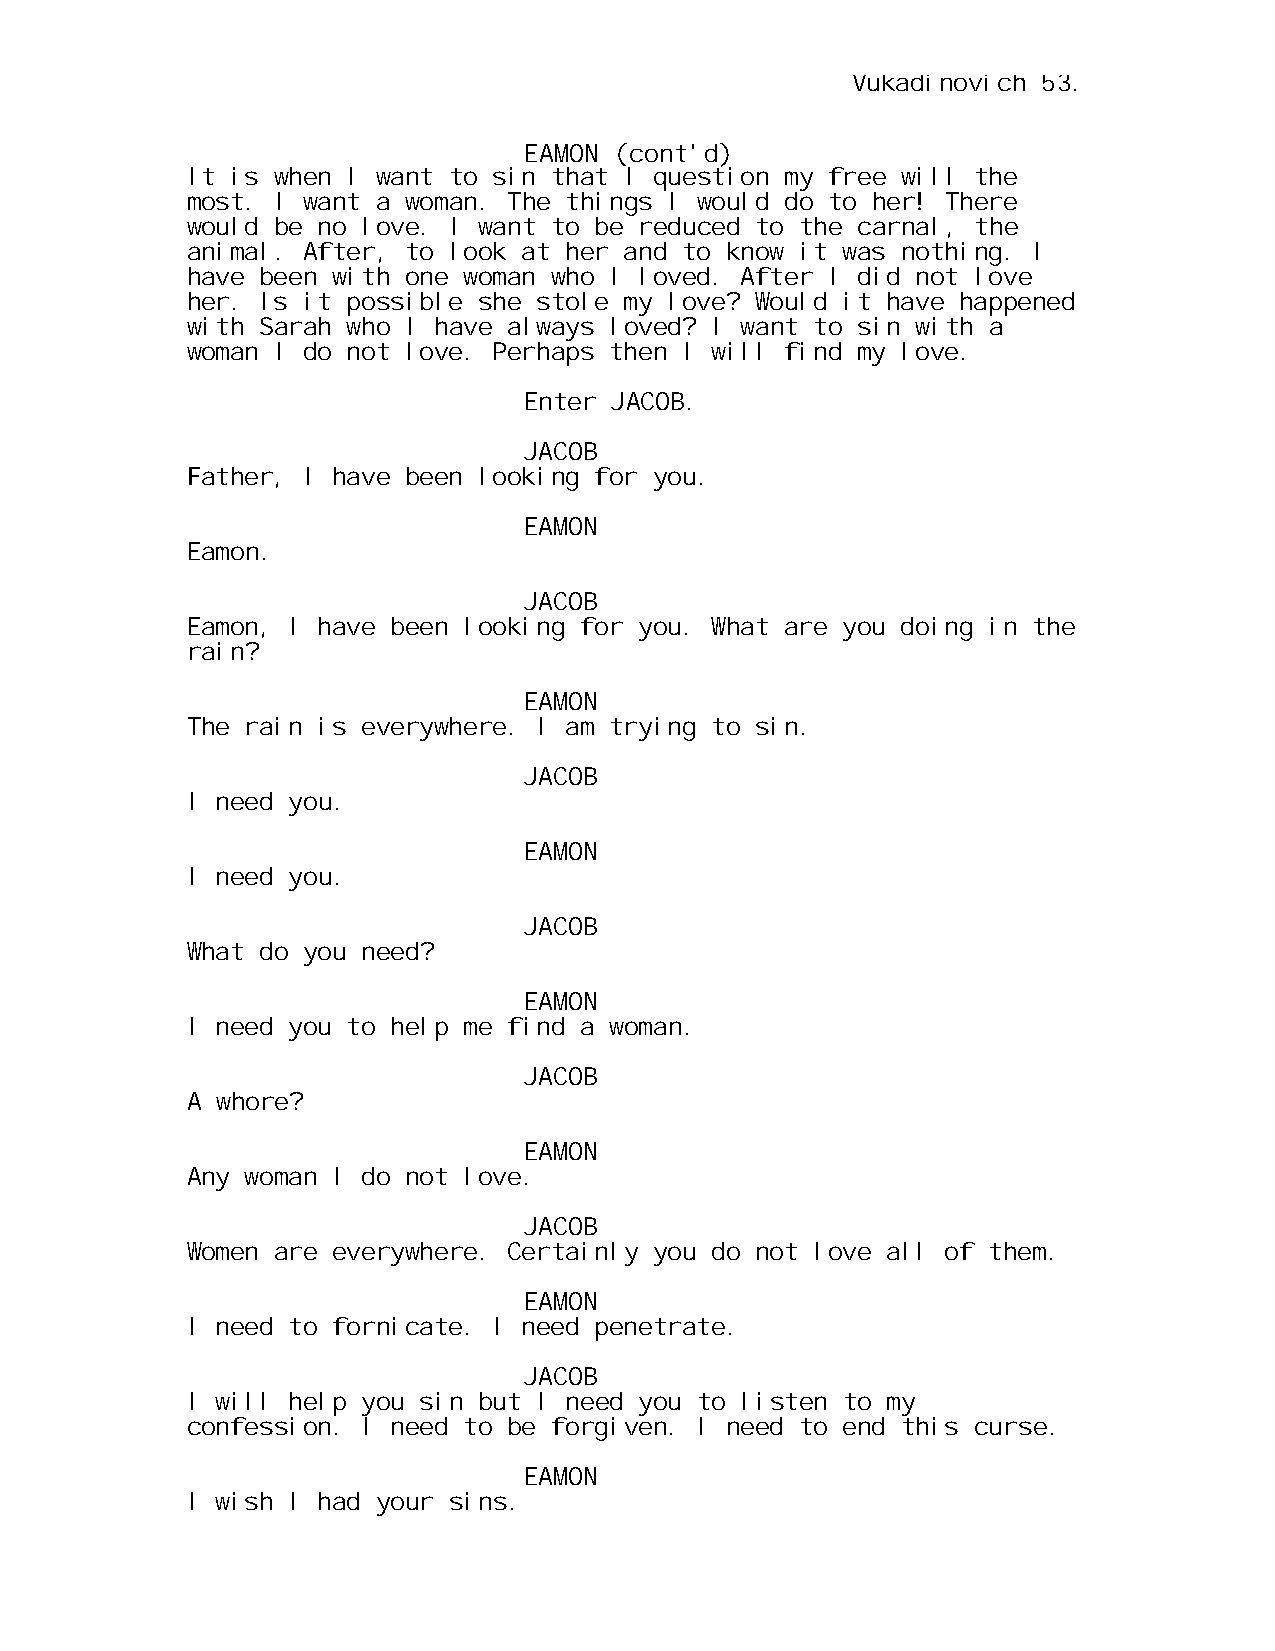
Vukadinovich 53.
 EAMON (cont'd)
 It is when I want to sin that I question my free will the
 most. I want a woman. The things I would do to her! There
 would be no love. I want to be reduced to the carnal, the
 animal. After, to look at her and to know it was nothing. I
 have been with one woman who I loved. After I did not love
 her. Is it possible she stole my love? Would it have happened
 with Sarah who I have always loved? I want to sin with a
 woman I do not love. Perhaps then I will find my love.
 Enter JACOB.
 JACOB
 Father, I have been looking for you.
 EAMON
 Eamon.
 JACOB
 Eamon, I have been looking for you. What are you doing in the
 rain?
 EAMON
 The rain is everywhere. I am trying to sin.
 JACOB
 I need you.
 EAMON
 I need you.
 JACOB
 What do you need?
 EAMON
 I need you to help me find a woman.
 JACOB
 A whore?
 EAMON
 Any woman I do not love.
 JACOB
 Women are everywhere. Certainly you do not love all of them.
 EAMON
 I need to fornicate. I need penetrate.
 JACOB
 I will help you sin but I need you to listen to my
 confession. I need to be forgiven. I need to end this curse.
 EAMON
 I wish I had your sins.